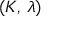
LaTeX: ( K , \, \lambda )